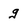
Character: g